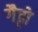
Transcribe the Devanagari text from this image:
गैट्टो